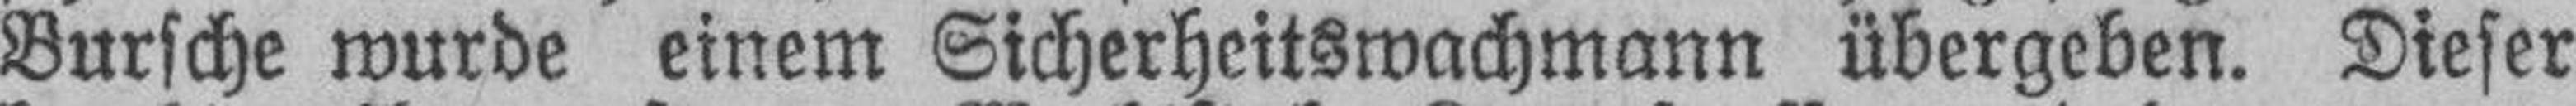
Bursche wurde einem Sicherheitswachmann übergeben. Dieser